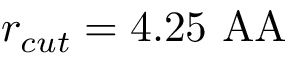
r _ { c u t } = 4 . 2 5 \mathrm { { \ A A } }